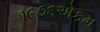
૧૯૭૬એકમ